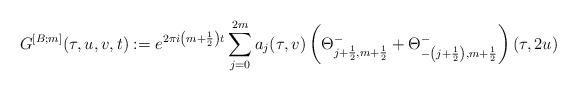
LaTeX: \begin{align*}G^{[B;m]} (\tau,u,v,t) := e^{2\pi i \left(m+\frac{1}{2}\right)t} \sum\limits^{2m}_{j=0}{a_j(\tau,v) \left(\Theta^{-}_{j+\frac{1}{2},m+\frac{1}{2}} + \Theta^{-}_{-\left(j+\frac{1}{2}\right),m+\frac{1}{2}}\right) (\tau,2u)}\end{align*}